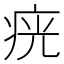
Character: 𤶏